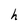
Character: h